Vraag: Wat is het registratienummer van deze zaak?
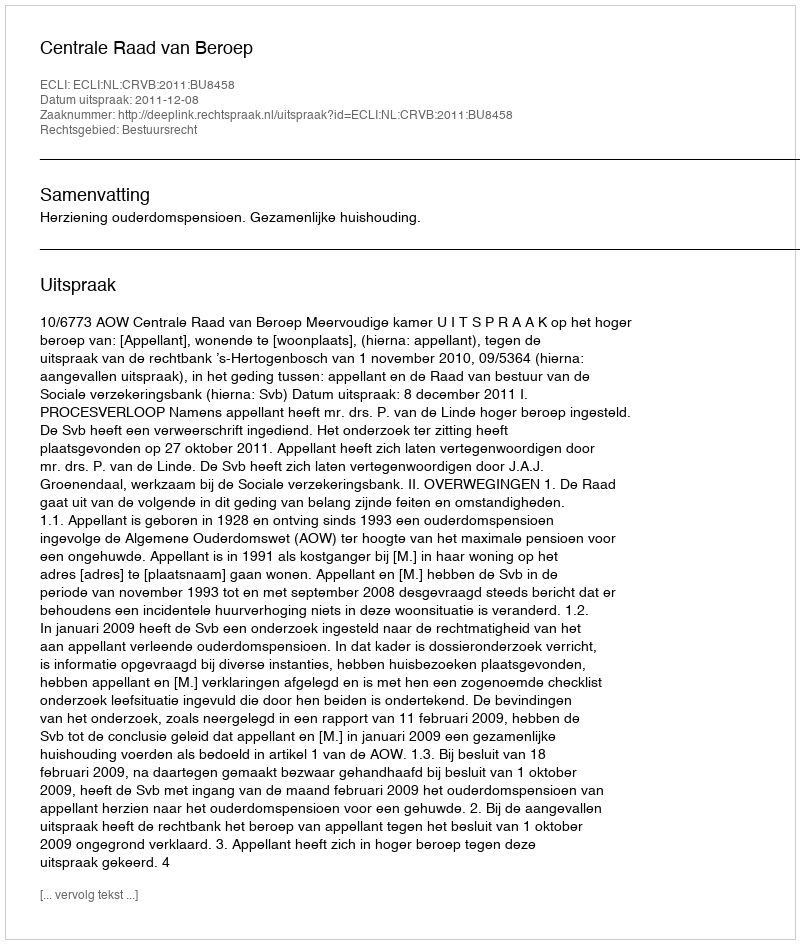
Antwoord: http://deeplink.rechtspraak.nl/uitspraak?id=ECLI:NL:CRVB:2011:BU8458